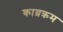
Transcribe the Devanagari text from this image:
काय्रक्रम